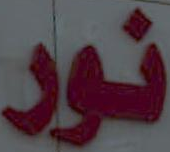
نور